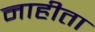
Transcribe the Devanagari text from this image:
नाहीता